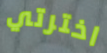
اخترتي